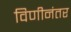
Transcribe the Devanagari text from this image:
विणीनंतर